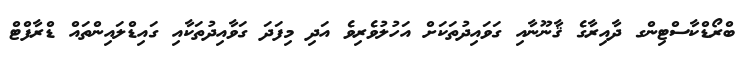
ބްރޯޑްކާސްޓިންގ ދާއިރާގެ ޤާނޫނާއި ގަވައިދުތަކަށް އަހުލުވެރިވެ އަދި މިފަދަ ގަވާއިދުތަކާއި ގައިޑްލައިންތައް ޑްރާފްޓް